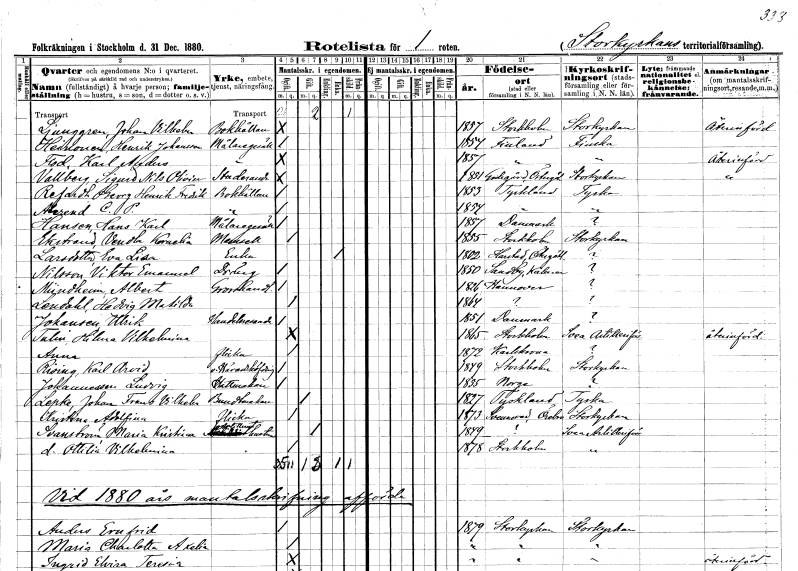
gt_parse: households: individuals: FN: Johan Vilhelm
EN: Ljunggren
YRKE: Bokhållare
KON: M
CIV: O
FODAR: 1857
FODFORS: Stockholm
FN: Henrik
EN: Heinonen Johansson
YRKE: Målaregesäll
KON: M
CIV: O
FODAR: 1854
FN: Karl Anders
EN: Flod
YRKE: Målaregesäll
KON: M
CIV: O
FODAR: 1857
FN: Sigurd Nils Oliver
EN: Vallberg
YRKE: Studerande
KON: M
CIV: O
FODAR: 1851
FODFORS: Godegård Östergötlands län
FN: Georg Henrik Fredrik
EN: Refardh
YRKE: Bokhållare
KON: M
CIV: O
FODAR: 1853
FN: C. P.
EN: Aderend
YRKE: Bokhållare
KON: M
CIV: O
FODAR: 1854
FN: Hans Karl
EN: Hansen
YRKE: Målaregesäll
KON: M
CIV: O
FODAR: 1857
FN: Vendla Kornelia
EN: Ekstrand
KON: K
CIV: O
FODAR: 1855
FODFORS: Stockholm
FN: Eva Lisa
EN: Larsdotter
YRKE: Änka
KON: K
CIV: E
FODAR: 1802
FODFORS: Harstad Östergötlands län
FN: Viktor Emanuel
EN: Nilsson
YRKE: Dräng
KON: M
CIV: O
FODAR: 1850
FODFORS: Sandby Kalmar län
FN: Albert
EN: Mündheim
YRKE: Grosshandlare
KON: M
CIV: O
FODAR: 1826
FN: Hedvig Matilda
EN: Lendahl
KON: K
CIV: O
FODAR: 1864
FN: Ulrik
EN: Johansen
YRKE: Handelsresande
KON: M
CIV: O
FODAR: 1851
FN: Hilma Vilhelmina
EN: Tulin
KON: K
CIV: O
FODAR: 1865
FODFORS: Stockholm
FN: Anna
KON: K
CIV: O
FODAR: 1875
FODFORS: Karlskrona Blekinge län
FN: Karl Arvid
EN: Rising
YRKE: Häradshövding v.
KON: M
CIV: O
FODAR: 1849
FODFORS: Stockholm
FN: Ludvig
EN: Johannessen
YRKE: Hattmakare
KON: M
CIV: O
FODAR: 1855
FN: Johan Frans Vilhelm
EN: Lepke
YRKE: Buntmakare
KON: M
CIV: G
FODAR: 1827
FN: Kristina Adolfina
KON: K
CIV: O
FODAR: 1873
FODFORS: Svennevad Örebro län
FN: Maria Kristina
EN: Svanström
YRKE: Artilleristhustru
KON: K
CIV: G
FODAR: 1849
FN: Ottilia Vilhelmina
KON: K
CIV: O
FODAR: 1878
FODFORS: Stockholm